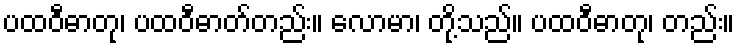
ပထဝီဓာတု၊ ပထဝီဓာတ်တည်း။ လောမာ၊ တို့သည်။ ပထဝီဓာတု၊ တည်း။